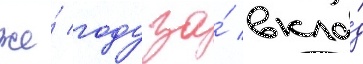
же́ году за́ вкла́д